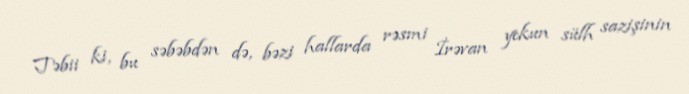
Təbii ki, bu səbəbdən də, bəzi hallarda rəsmi İrəvan yekun sülh sazişinin